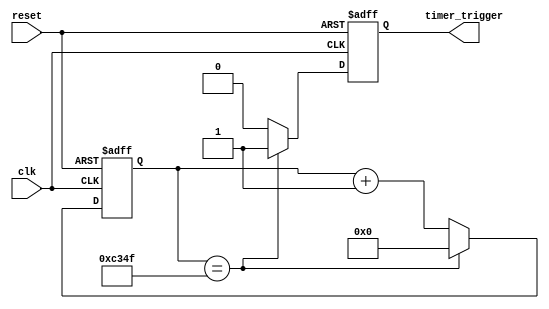
module PeriodicTimer (
    input wire clk,
    input wire reset,
    output reg timer_trigger
);

reg [31:0] timer_count;

// Timing control block
parameter TIMER_PERIOD = 50000; // Define the period of the timer

always @ (posedge clk or posedge reset)
begin
    if (reset)
        timer_count <= 0;
    else if (timer_count == TIMER_PERIOD - 1)
        timer_count <= 0;
    else
        timer_count <= timer_count + 1;
end

// Synchronization block
always @ (posedge clk or posedge reset)
begin
    if (reset)
        timer_trigger <= 0;
    else if (timer_count == TIMER_PERIOD - 1)
        timer_trigger <= 1;
    else
        timer_trigger <= 0;
end

endmodule